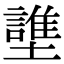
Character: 䜃